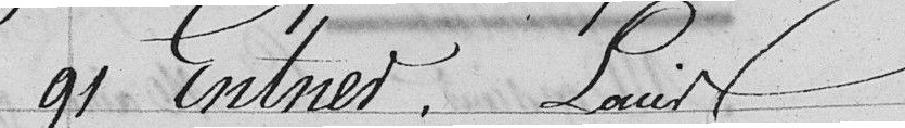
91 Entner, Louis